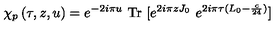
\chi _ { p } \left( \tau , z , u \right) = e ^ { - 2 i \pi u } \ \mathrm { T r } \ [ e ^ { 2 i \pi z J _ { 0 } } \ e ^ { 2 i \pi \tau ( L _ { 0 } - { \frac { c } { 2 4 } } ) } ]